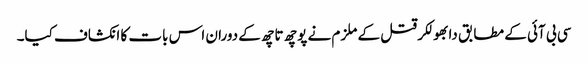
سی بی آئی کے مطابق دابھولکر قتل کے ملزم نے پوچھ تاچھ کے دوران اس بات کا انکشاف کیا۔